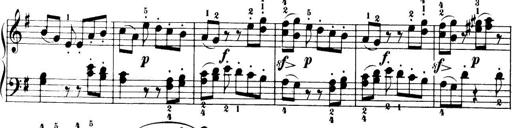
Title: 32 Sonatinas and Rondos for the Piano
Composer: Richard Kleinmichel